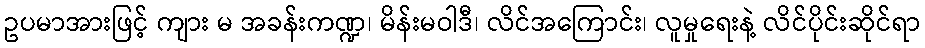
ဥပမာအားဖြင့် ကျား မ အခန်းကဏ္ဍ၊ မိန်းမဝါဒီ၊ လိင်အကြောင်း၊ လူမှုရေးနဲ့ လိင်ပိုင်းဆိုင်ရာ